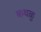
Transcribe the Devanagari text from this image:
कथळु